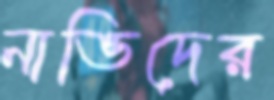
নাভিদের